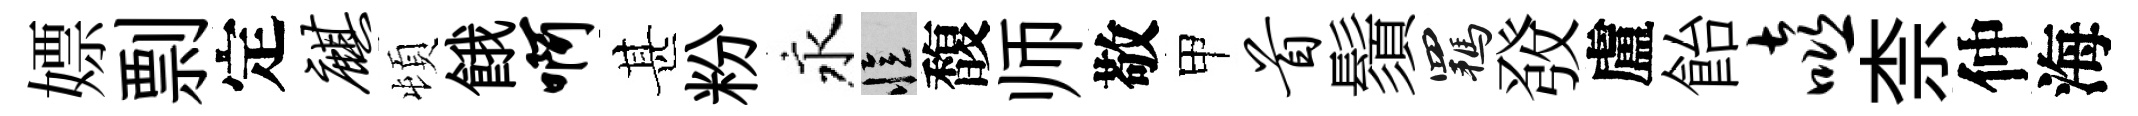
嫖剽定麒頓餓啊甚粉永忆馥师敬甲首鬚羈𤼲盧飴嘻柰仲海